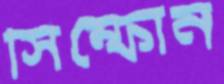
সিম্ফোন